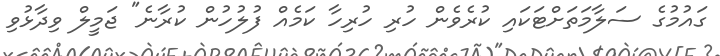
ގައުމުގެ ސަލާމަތަށްޓަކައި ކުރެވެން ހުރި ހުރިހާ ކަމެއް ފުލުހުން ކުރާނެ" ޖަމީލް ވިދާޅުވި